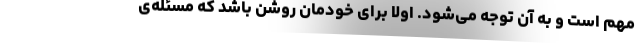
مهم است و به آن توجه می‌شود. اولاً برای خودمان روشن باشد که مسئله‌ی